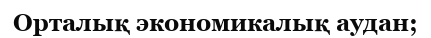
Орталық экономикалық аудан;